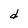
Character: d